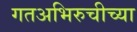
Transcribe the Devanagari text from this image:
गतअभिरुचीच्या